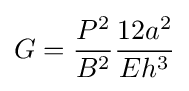
G={\frac {P^{2}}{B^{2}}}{\frac {12a^{2}}{Eh^{3}}}